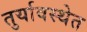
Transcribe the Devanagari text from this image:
तुर्यावस्थेत